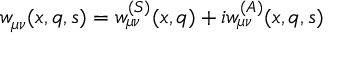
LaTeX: w _ { \mu \nu } ( x , q , s ) = w _ { \mu \nu } ^ { ( S ) } ( x , q ) + i w _ { \mu \nu } ^ { ( A ) } ( x , q , s )